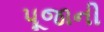
પૂજાની